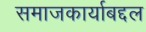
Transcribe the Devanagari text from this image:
समाजकार्याबद्दल